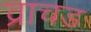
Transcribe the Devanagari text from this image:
व्राचड